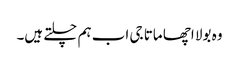
وہ بولا اچھا ماتا جی اب ہم چلتے ہیں۔